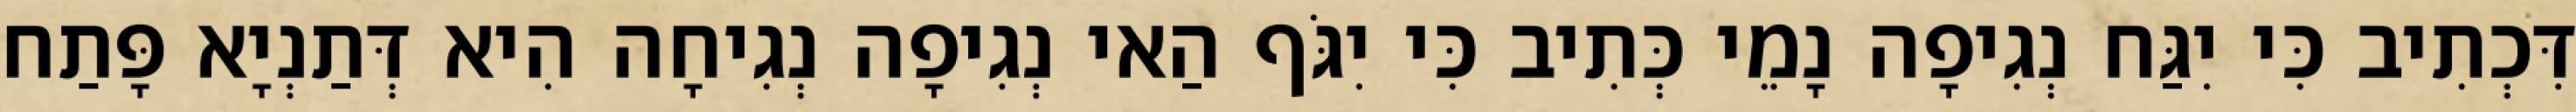
דִּכְתִיב כִּי יִגַּח נְגִיפָה נָמֵי כְּתִיב כִּי יִגֹּף הַאי נְגִיפָה נְגִיחָה הִיא דְּתַנְיָא פָּתַח